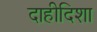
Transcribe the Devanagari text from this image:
दाहीदिशा